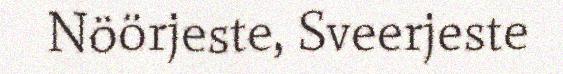
Nöörjeste, Sveerjeste